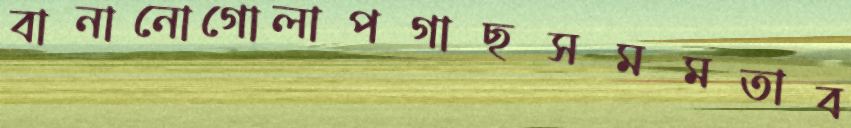
বানানোগোলাপগাছসমমতাব